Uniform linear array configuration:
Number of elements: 12
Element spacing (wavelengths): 0.25
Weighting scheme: cosine
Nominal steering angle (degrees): -60
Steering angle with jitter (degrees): -61.363
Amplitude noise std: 0.05
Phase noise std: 0.05

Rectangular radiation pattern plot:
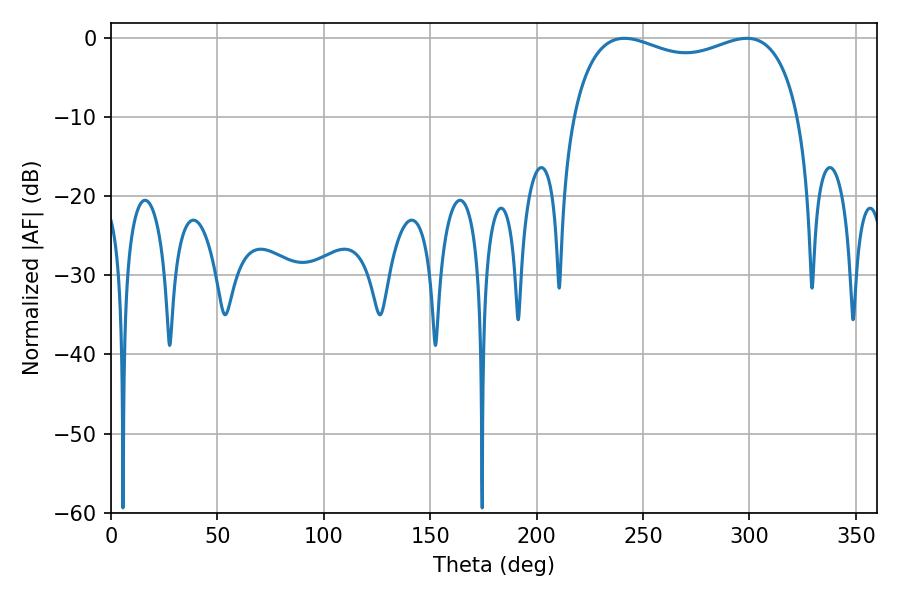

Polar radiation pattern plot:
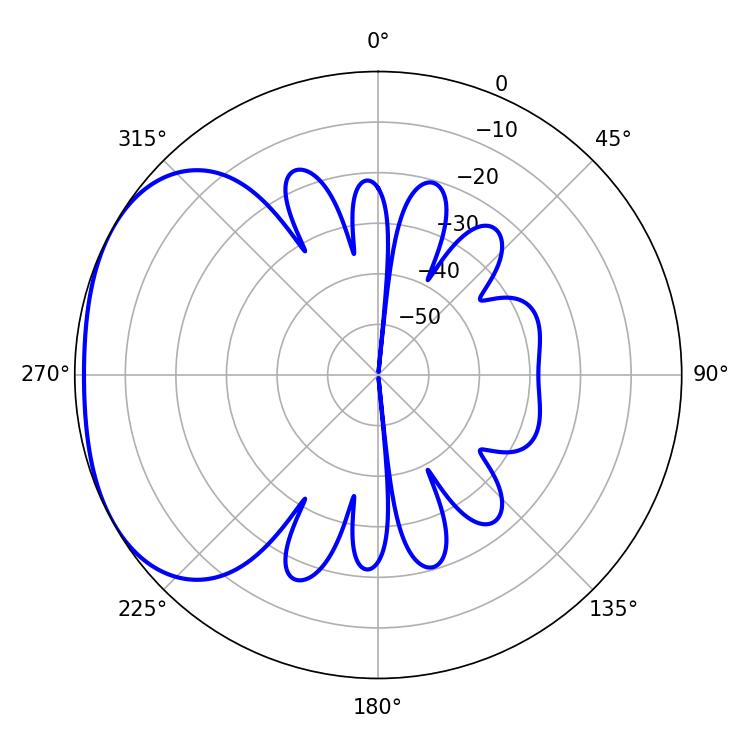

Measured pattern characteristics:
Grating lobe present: FALSE
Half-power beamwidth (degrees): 87.84
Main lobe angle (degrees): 241.2